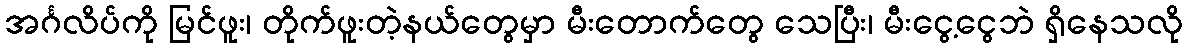
အင်္ဂလိပ်ကို မြင်ဖူး၊ တိုက်ဖူးတဲ့နယ်တွေမှာ မီးတောက်တွေ သေပြီး၊ မီးငွေ့ငွေဘဲ ရှိနေသလို